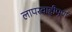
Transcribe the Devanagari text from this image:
लापरवाहीपूर्ण